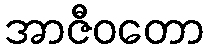
အာဇီဝတော